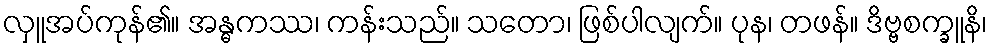
လှူအပ်ကုန်၏။ အန္ဓကဿ၊ ကန်းသည်။ သတော၊ ဖြစ်ပါလျက်။ ပုန၊ တဖန်။ ဒိဗ္ဗစက္ခူနိ၊